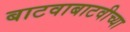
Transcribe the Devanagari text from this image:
बाटवाबाटवीच्या